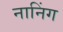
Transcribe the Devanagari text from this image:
नानिंग